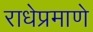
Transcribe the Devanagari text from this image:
राधेप्रमाणे